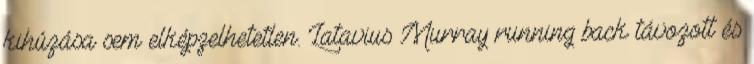
kihúzása sem elképzelhetetlen. Latavius Murray running back távozott és